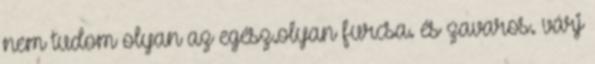
nem tudom olyan az egész.olyan furcsa. és zavaros. várj